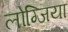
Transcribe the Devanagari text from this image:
लोग्जिया